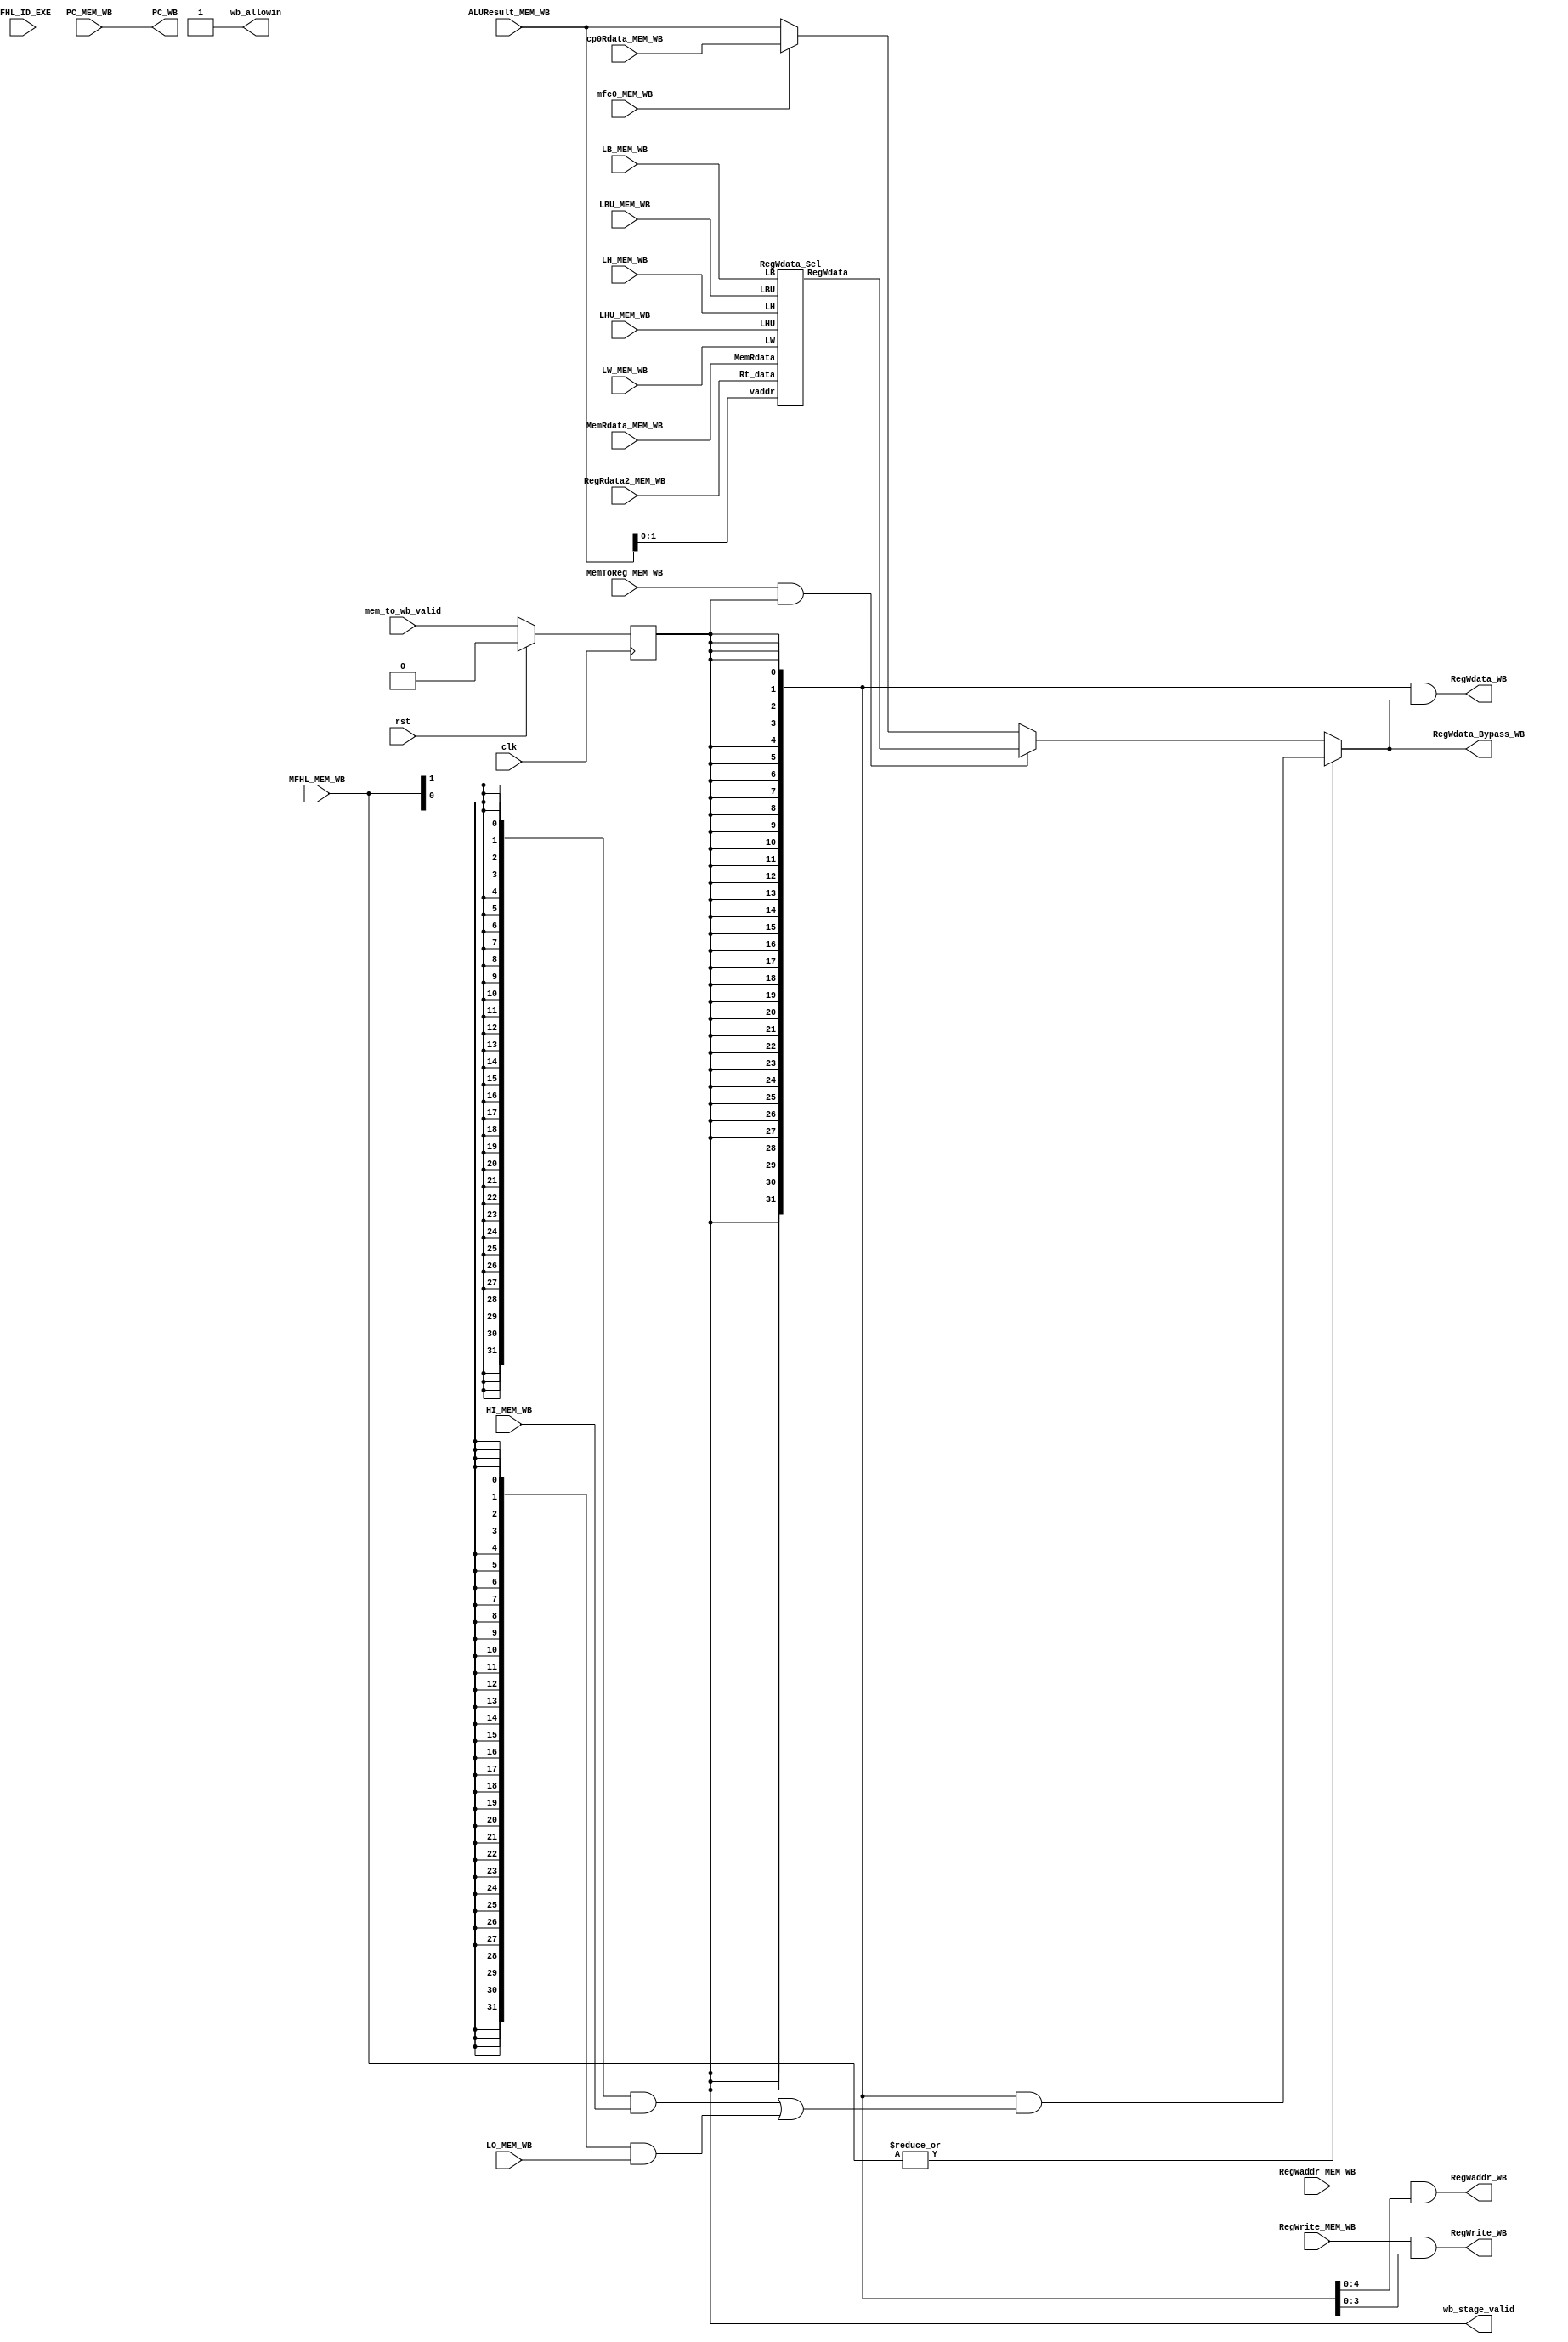
/*----------------------------------------------------------------*
// Description   :  5 pipelined CPU write back stage
// Created Time  :  2017-10-11 21:04:12
// Modified Time :  2017-11-17 17:35:21
//----------------------------------------------------------------*/

`timescale 10ns / 1ns
module writeback_stage(
    input wire                       clk,
    input wire                       rst,
    // control signals passing from MEM stage
    input wire           MemToReg_MEM_WB,
    input wire  [ 3:0]   RegWrite_MEM_WB,
    input wire  [ 1:0]       MFHL_MEM_WB,
    input wire                 LB_MEM_WB, 
    input wire                LBU_MEM_WB, 
    input wire                 LH_MEM_WB, 
    input wire                LHU_MEM_WB, 
    input wire  [ 1:0]         LW_MEM_WB, 
    // control from EXE
    input  wire [ 1:0]       MFHL_ID_EXE,
    // data passing from MEM stage
    input wire  [ 4:0]   RegWaddr_MEM_WB,
    input wire  [31:0]  ALUResult_MEM_WB,
    input wire  [31:0]  RegRdata2_MEM_WB,
    input wire  [31:0]         PC_MEM_WB,
    input wire  [31:0]   MemRdata_MEM_WB,
    input wire  [31:0]         HI_MEM_WB,
    input wire  [31:0]         LO_MEM_WB,
    // data that will be used to write back to Register files
    // or be used as debug signals
    output wire [ 4:0]       RegWaddr_WB,
    output wire [31:0]       RegWdata_WB,
    output wire [31:0]       RegWdata_Bypass_WB,
    output wire [ 3:0]       RegWrite_WB,
    output wire [31:0]             PC_WB,  
    input  wire [31:0]   cp0Rdata_MEM_WB,
    input  wire              mfc0_MEM_WB,
    
    output                    wb_allowin,
    input                mem_to_wb_valid,
    output                wb_stage_valid
);
        
reg wb_valid;
wire wb_ready_go;


assign wb_ready_go = 1'b1;
assign wb_allowin = !wb_valid || wb_ready_go;

always @ (posedge clk) begin
    if (rst) begin
        wb_valid <= 1'b0;
    end
    else if (wb_allowin) begin
        wb_valid <= mem_to_wb_valid;
    end
end
    assign wb_stage_valid = wb_valid;
   
   
    wire        MemToReg_WB;
    
    wire  [31:0]  HI_LO_out;
        
    wire  [31:0] MemRdata_Final;
    
    assign HI_LO_out = { 32{wb_valid}} & 
                       ({32{MFHL_MEM_WB[1]}} & HI_MEM_WB |
                        {32{MFHL_MEM_WB[0]}} & LO_MEM_WB );  //2-1 MUX
     
    
    assign       PC_WB =       PC_MEM_WB;// & {32{wb_valid}};
    assign RegWaddr_WB = RegWaddr_MEM_WB & { 5{wb_valid}};
    assign MemToReg_WB = MemToReg_MEM_WB &     wb_valid  ;
    assign RegWrite_WB = RegWrite_MEM_WB & { 4{wb_valid}};
    assign RegWdata_WB = {32{wb_valid}} &
                         (|MFHL_MEM_WB ?      HI_LO_out  : 
                          (MemToReg_WB ? MemRdata_Final  : 
                          (mfc0_MEM_WB ? cp0Rdata_MEM_WB : ALUResult_MEM_WB)));

    assign RegWdata_Bypass_WB = 
                                (|MFHL_MEM_WB ?       HI_LO_out :
                                 (MemToReg_WB ?  MemRdata_Final :
                                 (mfc0_MEM_WB ? cp0Rdata_MEM_WB :ALUResult_MEM_WB)));





    RegWdata_Sel RegWdata (
          .MemRdata (       MemRdata_MEM_WB),
          .Rt_data  (      RegRdata2_MEM_WB),
          .LW       (             LW_MEM_WB),
          .vaddr    ( ALUResult_MEM_WB[1:0]),
          .LB       (             LB_MEM_WB),
          .LBU      (            LBU_MEM_WB),
          .LH       (             LH_MEM_WB),
          .LHU      (            LHU_MEM_WB),
          .RegWdata (        MemRdata_Final)
    );

endmodule //writeback_stage

module RegWdata_Sel(
    input  [31:0] MemRdata,
    input  [31:0]  Rt_data,
    input  [ 1:0]       LW,
    input  [ 1:0]    vaddr,
    input               LB,
    input              LBU,
    input               LH,
    input              LHU,
    output [31:0] RegWdata
);
    wire [31:0] LWL_data, LWR_data;
    wire [3:0] v;
    wire LWL, LWR;
    wire [7:0]  LB_data;
    wire [15:0] LH_data;

    assign LWL =  LW[1] & ~LW[0];
    assign LWR = ~LW[1] &  LW[0];

    assign v[3] =  vaddr[1] &  vaddr[0];
    assign v[2] =  vaddr[1] & ~vaddr[0];
    assign v[1] = ~vaddr[1] &  vaddr[0];
    assign v[0] = ~vaddr[1] & ~vaddr[0];

    assign LWL_data = ({32{v[0]}} & {MemRdata[ 7:0],Rt_data[23:0]} | {32{v[1]}} & {MemRdata[15:0],Rt_data[15:0]}) |
                      ({32{v[2]}} & {MemRdata[23:0],Rt_data[ 7:0]} | {32{v[3]}} & MemRdata);

    assign LWR_data = ({32{v[3]}} & {Rt_data[31: 8],MemRdata[31:24]} | {32{v[2]}} & {Rt_data[31:16],MemRdata[31:16]}) |
                      ({32{v[1]}} & {Rt_data[31:24],MemRdata[31: 8]} | {32{v[0]}} & MemRdata);
                      
    assign LB_data = ({8{v[0]}} & MemRdata[ 7: 0] | {8{v[1]}} & MemRdata[15: 8]) |
                     ({8{v[2]}} & MemRdata[23:16] | {8{v[3]}} & MemRdata[31:24]) ;
                    
    assign LH_data = {16{v[0]}} & MemRdata[15: 0] |
                     {16{v[2]}} & MemRdata[31:16] ; //no exceptions

    assign RegWdata = (({32{&LW}} & MemRdata | {32{ LB}} & {{24{LB_data[7]}},  LB_data}) | ({32{LBU}} & {24'd0,LB_data} | {32{ LH}} & {{16{LH_data[15]}}, LH_data})) |
                      (({32{LHU}} & {16'd0,LH_data} | {32{LWL}} & LWL_data) |  {32{LWR}} & LWR_data) ;
endmodule // RegWdata_Sel